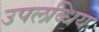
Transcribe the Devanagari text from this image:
उपलब्धिय